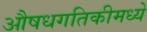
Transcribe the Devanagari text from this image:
औषधगतिकीमध्ये